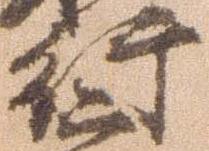
行